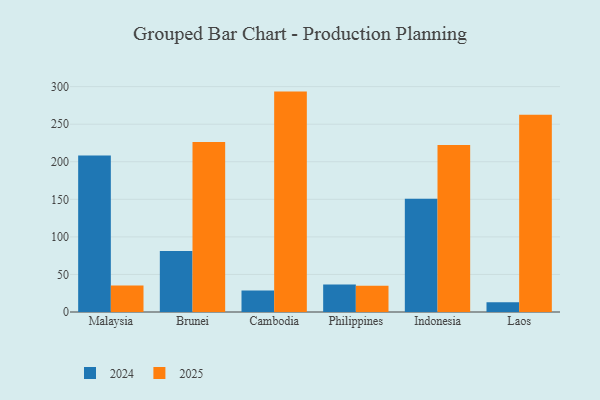
{"axis": {"x": "Country", "y": "Market Share (%)"}, "legend": ["2024", "2025"], "data": [{"x": "Malaysia", "y": 208.3, "type": "2024"}, {"x": "Malaysia", "y": 35.4, "type": "2025"}, {"x": "Brunei", "y": 81.3, "type": "2024"}, {"x": "Brunei", "y": 226.4, "type": "2025"}, {"x": "Cambodia", "y": 28.7, "type": "2024"}, {"x": "Cambodia", "y": 293.4, "type": "2025"}, {"x": "Philippines", "y": 36.5, "type": "2024"}, {"x": "Philippines", "y": 35.0, "type": "2025"}, {"x": "Indonesia", "y": 150.6, "type": "2024"}, {"x": "Indonesia", "y": 222.4, "type": "2025"}, {"x": "Laos", "y": 13.0, "type": "2024"}, {"x": "Laos", "y": 262.5, "type": "2025"}]}